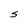
Character: s